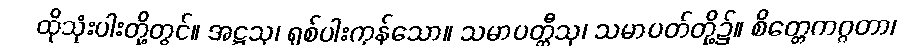
ထိုသုံးပါးတို့တွင်။ အဋ္ဌသု၊ ရှစ်ပါးကုန်သော။ သမာပတ္တီသု၊ သမာပတ်တို့၌။ စိတ္တေကဂ္ဂတာ၊